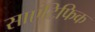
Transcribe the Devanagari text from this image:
साएंटिफिक